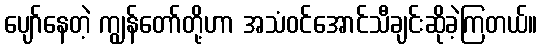
ပျော်နေတဲ့ ကျွန်တော်တို့ဟာ အသံဝင်အောင်သီချင်းဆိုခဲ့ကြတယ်။